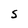
Character: S